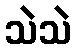
သဲသဲ